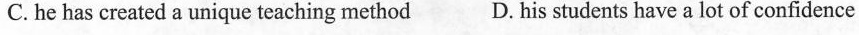
C.he has created a unique teaching method D. his students have a lot of confidence